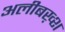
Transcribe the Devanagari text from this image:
अलीबख़्श